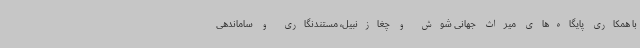
با همکاری پایگاه‌های میراث جهانی شوش و چغازنبیل، مستندنگاری و ساماندهی